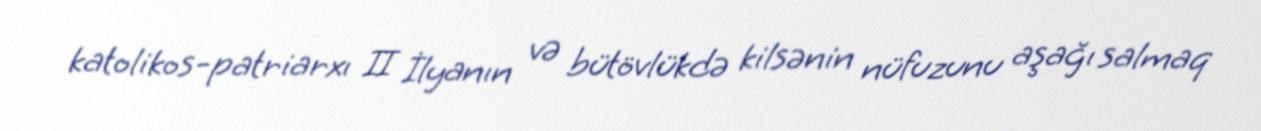
katolikos-patriarxı II İlyanın və bütövlükdə kilsənin nüfuzunu aşağı salmaq